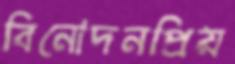
বিনোদনপ্রিয়